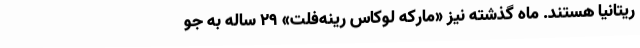
ریتانیا هستند. ماه گذشته نیز «مارکه لوکاس رینه‌فلت» 29 ساله به جو